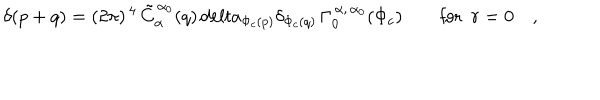
LaTeX: \delta ( p + q ) = ( 2 \pi ) ^ { \, 4 } \, \tilde { C } _ { \alpha } ^ { \, \alpha _ { 0 } } ( q ) \, d e l t a _ { \Phi _ { c } ( p ) } \delta _ { \Phi _ { c } ( q ) } \, \Gamma _ { 0 } ^ { \, \alpha , \, \alpha _ { 0 } } ( \Phi _ { c } ) \qquad \mathrm { f o r ~ } \ r = 0 \quad ,